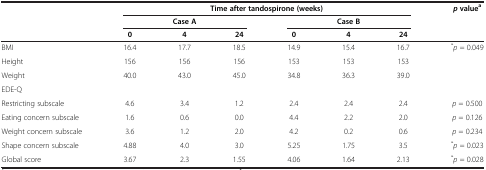
<table><thead><tr><td><b> </b></td><td colspan="6"><b>Time after tandospirone (weeks)</b></td><td><b><i>p </i>value<sup>a</sup></b></td></tr><tr><td><b> </b></td><td colspan="3"><b>Case A</b></td><td colspan="3"><b>Case B</b></td><td><b> </b></td></tr><tr><td><b> </b></td><td><b>0</b></td><td><b>4</b></td><td><b>24</b></td><td><b>0</b></td><td><b>4</b></td><td><b>24</b></td><td><b> </b></td></tr></thead><tbody><tr><td>BMI</td><td>16.4</td><td>17.7</td><td>18.5</td><td>14.9</td><td>15.4</td><td>16.7</td><td><sup>*</sup><i>p</i> = 0.049</td></tr><tr><td>Height</td><td>156</td><td>156</td><td>156</td><td>153</td><td>153</td><td>153</td><td> </td></tr><tr><td>Weight</td><td>40.0</td><td>43.0</td><td>45.0</td><td>34.8</td><td>36.3</td><td>39.0</td><td> </td></tr><tr><td colspan="8">EDE-Q</td></tr><tr><td>Restricting subscale</td><td>4.6</td><td>3.4</td><td>1.2</td><td>2.4</td><td>2.4</td><td>2.4</td><td><i>p</i> = 0.500</td></tr><tr><td>Eating concern subscale</td><td>1.6</td><td>0.6</td><td>0.0</td><td>4.4</td><td>2.2</td><td>2.0</td><td><i>p</i> = 0.126</td></tr><tr><td>Weight concern subscale</td><td>3.6</td><td>1.2</td><td>2.0</td><td>4.2</td><td>0.2</td><td>0.6</td><td><i>p</i> = 0.234</td></tr><tr><td>Shape concern subscale</td><td>4.88</td><td>4.0</td><td>3.0</td><td>5.25</td><td>1.75</td><td>3.5</td><td><sup>*</sup><i>p</i> = 0.023</td></tr><tr><td>Global score</td><td>3.67</td><td>2.3</td><td>1.55</td><td>4.06</td><td>1.64</td><td>2.13</td><td><sup>*</sup><i>p</i> = 0.028</td></tr></tbody></table>